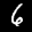
Label: 6